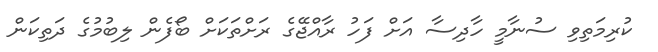
ކުރިމަތިވި ސުނާމީ ހާދިސާ އަށް ފަހު ރާއްޖޭގެ ރަށްތަކަށް ބޯފެން ލިބުމުގެ ދަތިކަން